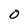
Character: O